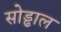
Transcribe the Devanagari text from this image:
सोड्ढाल